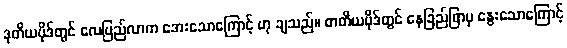
ဒုတိယပိုဒ်တွင် လေပြည်လာက အေးသောကြောင့် ဟု ချသည်။ တတိယပိုဒ်တွင် နေခြည်ဖြာမှ နွေးသောကြောင့်